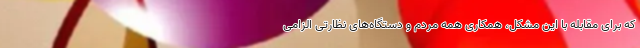
که برای مقابله با این مشکل، همکاری همه مردم و دستگاه‌های نظارتی الزامی